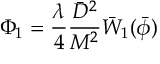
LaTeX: \Phi _ { 1 } = \frac { \lambda } { 4 } \frac { \bar { D } ^ { 2 } } { M ^ { 2 } } \bar { W } _ { 1 } ( \bar { \phi } )